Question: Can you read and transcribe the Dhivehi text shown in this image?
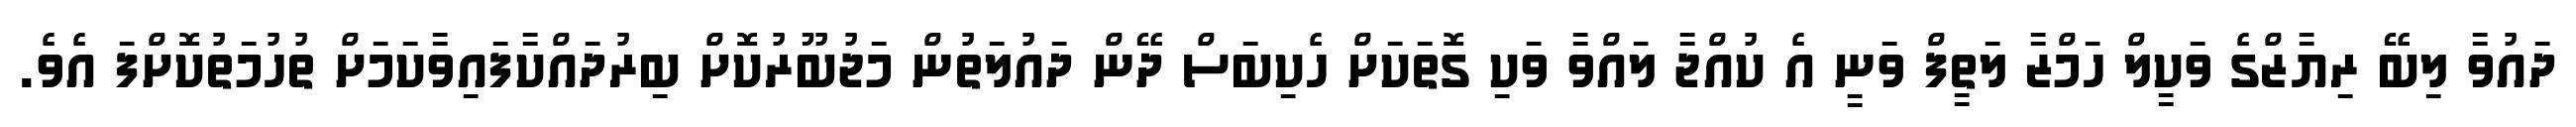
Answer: ދައުވާ ލިބޭ ރިޔާޒްގެ ވަކީލް ހަމްޒާ ލަތީފް ވަނީ އެ ކުއްޖާ ލައްވާ ވަކި ގޮތަކަށް ހެކިބަސް ދޭން ދައުލަތުން މަޖުބޫރުކޮށް ބިރުދައްކާފައިވާކަމަށް ތުހުމަތުކޮށްފަ އެވެ.